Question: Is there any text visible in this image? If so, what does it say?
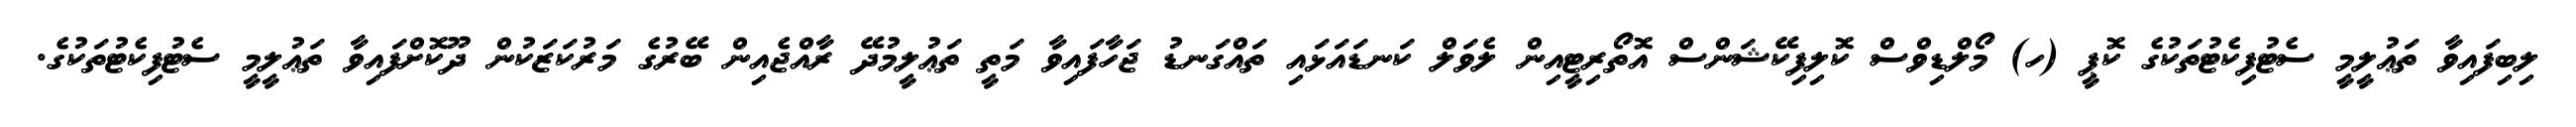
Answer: ލިބިފައިވާ ތަޢުލީމީ ސެޓުފިކެޓުތަކުގެ ކޮޕީ (ހ) މޯލްޑިވްސް ކޮލިފިކޭޝަންސް އޮތޯރިޓީއިން ލެވަލް ކަނޑައަޅައި ތައްގަނޑު ޖަހާފައިވާ މަތީ ތަޢުލީމުދޭ ރާއްޖެއިން ބޭރުގެ މަރުކަޒަކުން ދޫކޮށްފައިވާ ތަޢުލީމީ ސެޓުފިކެޓުތަކުގެ.